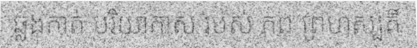
ឆ្លងកាត់ បរិយាកាស របស់ ភព ព្រហស្បតិ៍